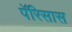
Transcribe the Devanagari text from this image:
पॅरिसास